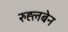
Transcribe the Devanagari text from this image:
रुह्लबेन